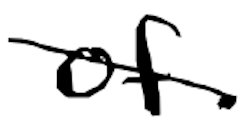
Text: of
Cross-out: diagonal
Writing tool: digital_black